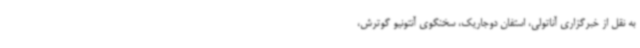
به نقل از خبرگزاری آناتولی، استفان دوجاریک، سخنگوی آنتونیو گوترش،